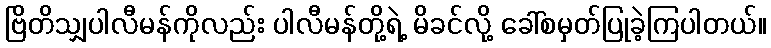
ဗြိတိသျှပါလီမန်ကိုလည်း ပါလီမန်တို့ရဲ့ မိခင်လို့ ခေါ်စမှတ်ပြုခဲ့ကြပါတယ်။